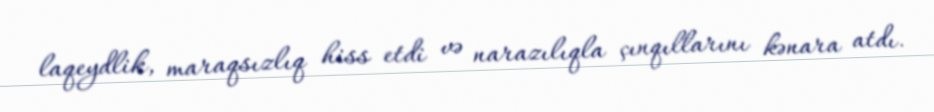
laqeydlik, maraqsızlıq hiss etdi və narazılıqla çınqıllarını kənara atdı.